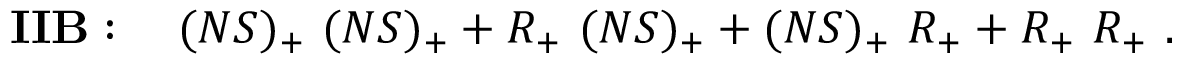
{ \bf I I B } : \quad ( N S ) _ { + } \ ( N S ) _ { + } + R _ { + } \ ( N S ) _ { + } + ( N S ) _ { + } \ R _ { + } + R _ { + } \ R _ { + } \ .